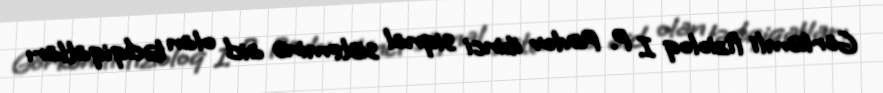
Görkəmli fizioloq I. P. Pavlov ikinci siqnal sisteminə aid olan tədqiqatları